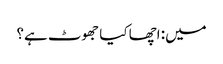
میں: اچھا کیا جھوٹ ہے؟